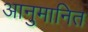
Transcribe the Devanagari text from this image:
आनुमानित